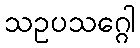
သဥပသဂ္ဂေါ